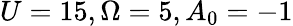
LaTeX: U=15,\Omega=5,A_{0}=-1